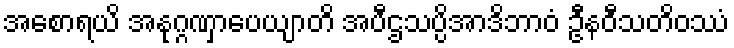
အစောရယိ အနုဂ္ဂဏှာပေယျာတိ အပီဌသပ္ပိအာဒိဘာဝံ ဦနဝီသတိဝဿံ